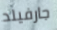
جارفيلد